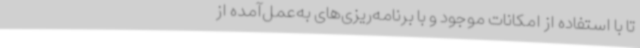
تا با استفاده از امکانات موجود و با برنامه‌ریزی‌های به‌عمل‌آمده از